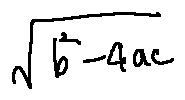
\sqrt { b ^ { 2 } - 4 a c }